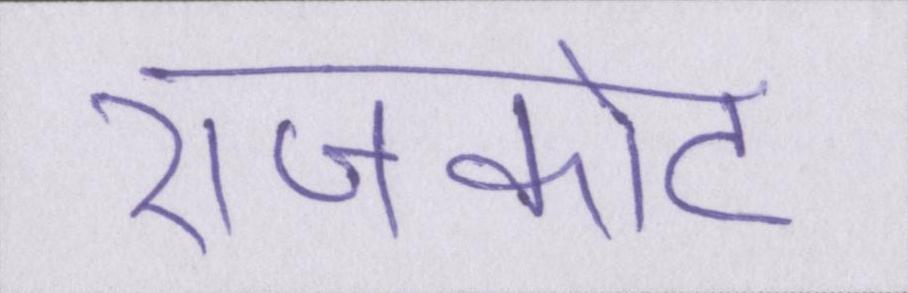
राजकोट